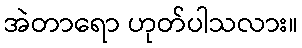
အဲတာရော ဟုတ်ပါသလား။